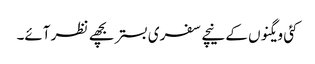
کئی ویگنوں کے نیچے سفری بستر بچھے نظر آئے۔